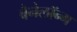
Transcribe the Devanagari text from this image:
बैनेलॉन्ग